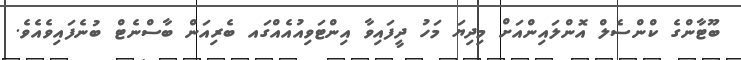
ބޫޓާންގެ ކްންސެލް އޮންލައިންއަށް މިދިޔަ މަހު ދީފައިވާ އިންޓަވިއުއެއްގައ ބެރިއަން ބާސްނެޓް ބުނެފައިވެއެވެ.